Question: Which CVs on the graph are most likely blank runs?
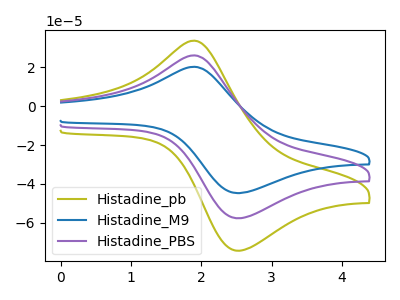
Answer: <think>The olive curve "Histadine_pb" has an anodic peak at (1.90V, 33.80uA) and a cathodic peak at (2.55V, -74.55uA). The blue curve "Histadine_M9" has an anodic peak at (1.90V, 52.45uA) and a cathodic peak at (2.55V, -115.60uA). The purple curve "Histadine_PBS" has an anodic peak at (1.90V, 26.20uA) and a cathodic peak at (2.55V, -57.80uA).</think>
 <answer>There are not any CV's on this graph that are likely to be blanks.</answer>
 <eval>none</eval>